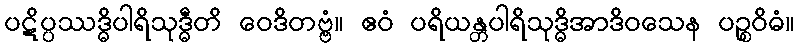
ပဋိပ္ပဿဒ္ဓိပါရိသုဒ္ဓီတိ ဝေဒိတဗ္ဗံ။ ဧဝံ ပရိယန္တပါရိသုဒ္ဓိအာဒိဝသေန ပဉ္စဝိဓံ။